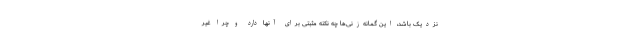
نزدیک باشد، این گمانه‌زنی‌ها چه نکته مثبتی برای آنها دارد و چرا غیر